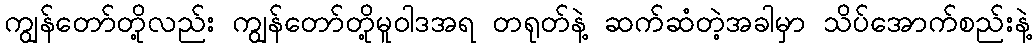
ကျွန်တော်တို့လည်း ကျွန်တော်တို့မူဝါဒအရ တရုတ်နဲ့ ဆက်ဆံတဲ့အခါမှာ သိပ်အောက်စည်းနဲ့